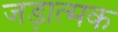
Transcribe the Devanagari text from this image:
जड़ात्मक